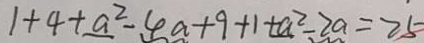
1 + 4 + a ^ { 2 } - 4 a + 9 + 1 + a ^ { 2 } - 2 a = 2 5